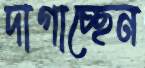
দাগাচ্ছেন